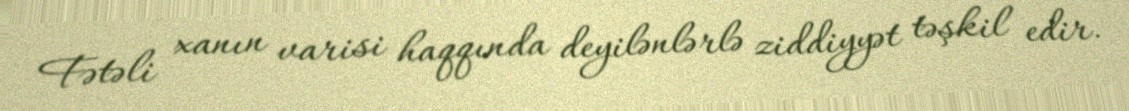
Fətəli xanın varisi haqqında deyilənlərlə ziddiyyət təşkil edir.